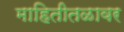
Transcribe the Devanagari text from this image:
माहितीतळावर